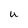
Character: u